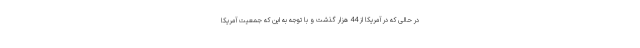
در حالی که در آمریکا از 44 هزار گذشت و با توجه به این که جمعیت آمریکا